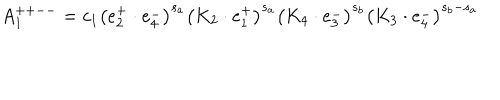
A _ { 1 } ^ { + + -- } = c _ { 1 } \left( e _ { 2 } ^ { + } \cdot e _ { 4 } ^ { - } \right) ^ { s _ { a } } \left( K _ { 2 } \cdot e _ { 1 } ^ { + } \right) ^ { s _ { a } } \left( K _ { 4 } \cdot e _ { 3 } ^ { - } \right) ^ { s _ { b } } \left( K _ { 3 } \cdot e _ { 4 } ^ { - } \right) ^ { s _ { b } - s _ { a } }